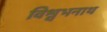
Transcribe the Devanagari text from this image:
विश्वभनाथ